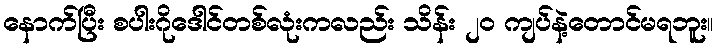
နောက်ပြီး စပါးဂိုဒေါင်တစ်လုံးကလည်း သိန်း ၂၀ ကျပ်နဲ့တောင်မရဘူး။